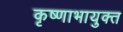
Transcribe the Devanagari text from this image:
कृष्णाभायुक्त